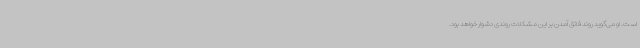
است. او می‌گوید روند فائق آمدن بر این مشکلات روندی دشوار خواهد بود.